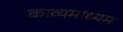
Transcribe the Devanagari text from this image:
काव्यमाध्यम